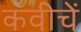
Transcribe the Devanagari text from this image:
कवीचें